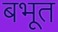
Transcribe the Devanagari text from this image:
बभूत